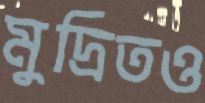
মুদ্রিতও